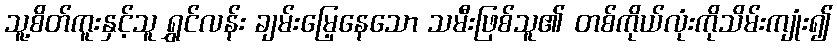
သူ့စိတ်ကူးနှင့်သူ ရွှင်လန်း ချမ်းမြေ့နေသော သမီးဖြစ်သူ၏ တစ်ကိုယ်လုံးကိုသိမ်းကျုံး၍